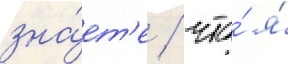
зна́ет'е / что́ я́